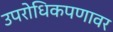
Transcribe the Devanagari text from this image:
उपरोधिकपणावर